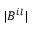
| B ^ { i l } |